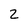
Character: 2